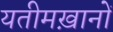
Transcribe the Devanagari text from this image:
यतीमख़ानों